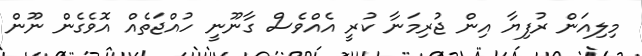
މިލިއަން ރުފިޔާ އިން ޖުރިމަނާ ކުރީ އެއްވެސް ގާނޫނީ ހުއްޖަތެއް އޮވެގެން ނޫން